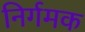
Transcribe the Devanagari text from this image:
निर्गमक